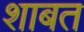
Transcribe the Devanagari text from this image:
शाबत